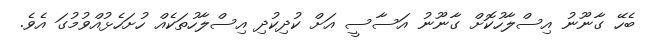
ބެހޭ ގާނޫނު އިސްލާހުކޮށް ގާނޫނު އަސާސީ އަށް ކުދިކުދި އިސްލާހުތަކެއް ހުށަހެޅުއްވުމުގަ އެވެ.